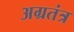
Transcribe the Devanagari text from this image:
अग्रतंत्र